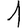
Digit: 1